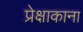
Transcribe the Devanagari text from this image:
प्रेक्षाकाना